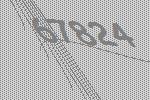
67824